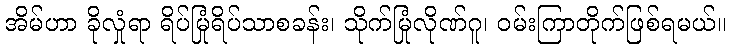
အိမ်ဟာ ခိုလှုံရာ ရိပ်မြုံရိပ်သာစခန်း၊ သိုက်မြုံလိုဏ်ဂူ၊ ဝမ်းကြာတိုက်ဖြစ်ရမယ်။